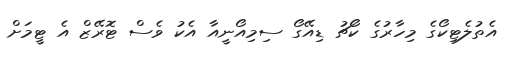
އެތުލެޓިކޯގެ މިހާރުގެ ކޯޗު ޑިއޭގޯ ސިމިއޯނީއާ އެކު ވެސް ޓޮރޭޒް އެ ޓީމަށް